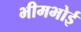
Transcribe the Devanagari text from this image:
भीमभोई